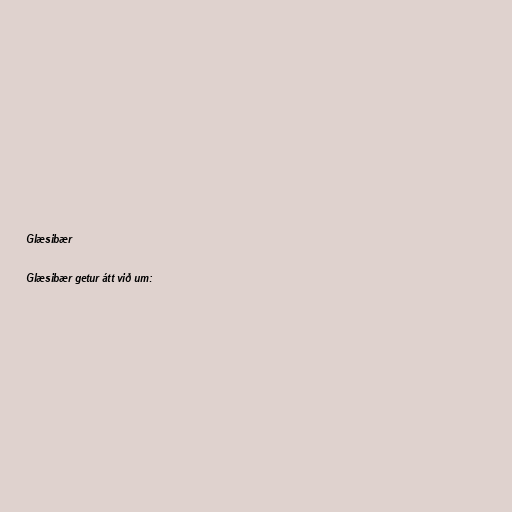
Glæsibær

Glæsibær getur átt við um: